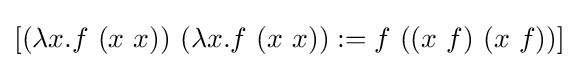
[(\lambda x.f\ (x\ x))\ (\lambda x.f\ (x\ x)):=f\ ((x\ f)\ (x\ f))]